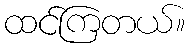
ထင်ကြတယ်။